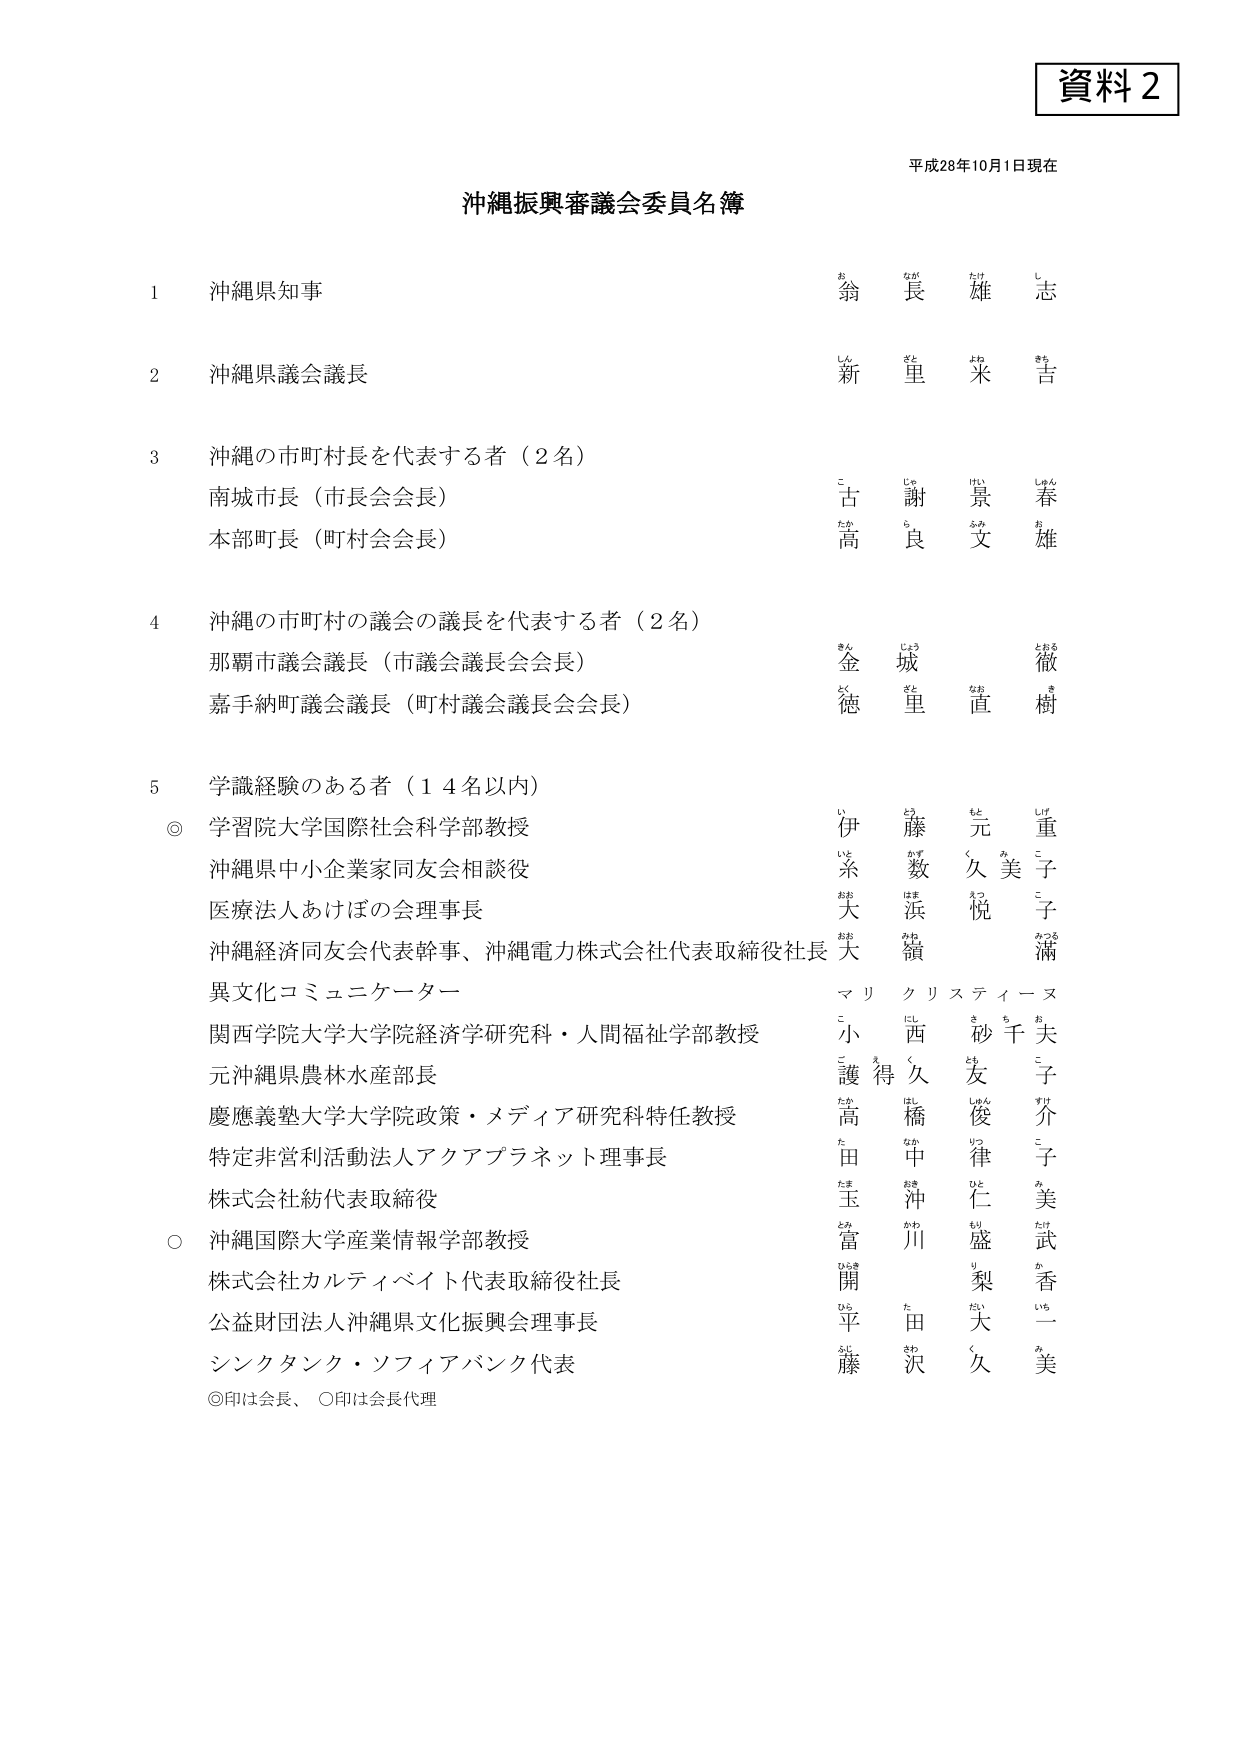
資料２
平成28年10月1日現在
沖縄振興審議会委員名簿

1 沖縄県知事
翁 長 雄 志
お なが たけ し

2 沖縄県議会議長
新 里 米 吉
しん ざと よね よし

3 沖縄の市町村長を代表する者（2名）
南城市長（市長会会長）
古 謝 景 春
こ じゃ けい しゅん
本部町長（町村会会長）
高 良 文 雄
たか ら ふみ お

4 沖縄の市町村の議会の議長を代表する者（2名）
那覇市議会議長（市議会議長会会長）
金 城 徹
きん じょう とおる
嘉手納町議会議長（町村議会議長会会長）
徳 里 直 樹
とく ざと なお き

5 学識経験のある者（14名以内）
◎ 学習院大学国際社会科学部教授
伊 藤 元 重
い とう もと しげ
沖縄県中小企業家同友会相談役
糸 数 久 美 子
いと かず く み こ
医療法人あけぼの会理事長
大 浜 悦 子
おお はま えつ こ
沖縄経済同友会代表幹事、沖縄電力株式会社代表取締役社長
大 積 滿
おお つみ みつる
異文化コミュニケーター
マリ クリスティーヌ
小 西 砂 千 夫
こ にし さ ち お
関西学院大学大学院経済学研究科・人間福祉学部教授
護 得 久 友 子
ご とく く とも こ
元沖縄県農林水産部長
高 橋 俊 介
たか はし とし すけ
慶應義塾大学大学院政策・メディア研究科特任教授
田 中 律 子
た なか りつ こ
特定非営利活動法人アクアプラネット理事長
玉 沖 仁 美
たま おき ひと み
株式会社紡代表取締役
富 川 盛 武
とみ かわ もり たけ
○ 沖縄国際大学産業情報学部教授
開 梨 香
ひら うり か
株式会社カルティベイト代表取締役社長
平 田 大 一
ひら た だい いち
公益財団法人沖縄県文化振興会理事長
藤 沢 久 美
ふじ さわ ひさ み
シンクタンク・ソフィアバンク代表

◎印は会長、○印は会長代理